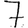
Digit: 7